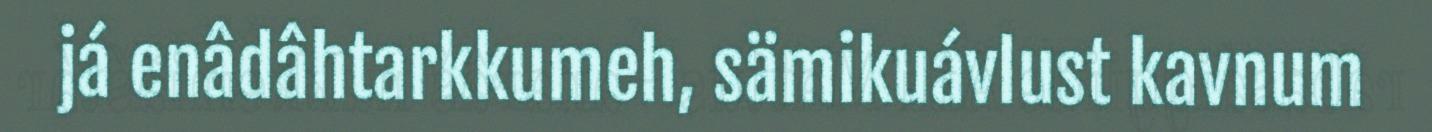
já enâdâhtarkkumeh, sämikuávlust kavnum